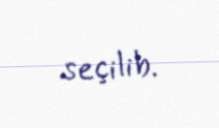
seçilib.